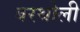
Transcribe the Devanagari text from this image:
बरथोली